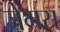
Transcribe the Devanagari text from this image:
जेमस